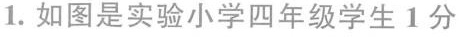
1.如图是实验小学四年级学生1分